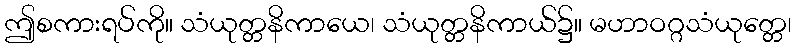
ဤစကားရပ်ကို။ သံယုတ္တနိကာယေ၊ သံယုတ္တနိကာယ်၌။ မဟာဝဂ္ဂသံယုတ္တေ၊